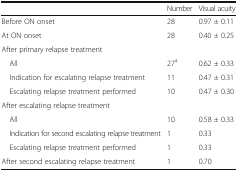
<table><thead><tr><td></td><td><b>Number</b></td><td><b>Visual acuity</b></td></tr></thead><tbody><tr><td>Before ON onset</td><td>28</td><td>0.97 ± 0.11</td></tr><tr><td>At ON onset</td><td>28</td><td>0.40 ± 0.25</td></tr><tr><td colspan="3">After primary relapse treatment</td></tr><tr><td> All</td><td>27<sup>a</sup></td><td>0.62 ± 0.33</td></tr><tr><td> Indication for escalating relapse treatment</td><td>11</td><td>0.47 ± 0.31</td></tr><tr><td> Escalating relapse treatment performed</td><td>10</td><td>0.47 ± 0.30</td></tr><tr><td colspan="3">After escalating relapse treatment</td></tr><tr><td> All</td><td>10</td><td>0.58 ± 0.33</td></tr><tr><td> Indication for second escalating relapse treatment</td><td>1</td><td>0.33</td></tr><tr><td> Escalating relapse treatment performed</td><td>1</td><td>0.33</td></tr><tr><td>After second escalating relapse treatment</td><td>1</td><td>0.70</td></tr></tbody></table>